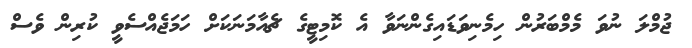
ޖުމްލަ ނުވަ މެމްބަރުން ހިމެނިވަޑައިގެންނަވާ އެ ކޮމިޓީގެ ޗެއާމަނަކަށް ހަމަޖެއްސެވީ ކުރިން ވެސް